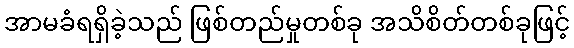
အာမခံရရှိခဲ့သည် ဖြစ်တည်မှုတစ်ခု အသိစိတ်တစ်ခုဖြင့်